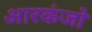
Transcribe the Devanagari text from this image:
आरकंजो